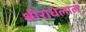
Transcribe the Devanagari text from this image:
श्रीराधेलाल